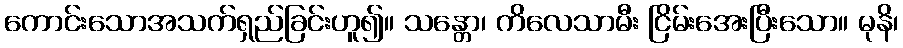
ကောင်းသောအသက်ရှည်ခြင်းဟူ၍။ သန္တော၊ ကိလေသာမီး ငြိမ်းအေးပြီးသော။ မုနိ၊